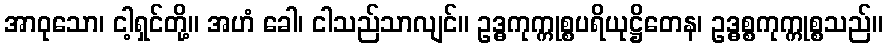
အာဝုသော၊ ငါ့ရှင်တို့။ အဟံ ခေါ၊ ငါသည်သာလျင်။ ဥဒ္ဓကုက္ကုစ္စပရိယုဋ္ဌိတေန၊ ဥဒ္ဓစ္စကုက္ကုစ္စသည်။